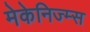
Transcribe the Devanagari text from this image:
मेकेनिज्म्स